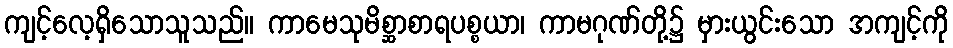
ကျင့်လေ့ရှိသောသူသည်။ ကာမေသုမိစ္ဆာစာရပစ္စယာ၊ ကာမဂုဏ်တို့၌ မှားယွင်းသော အကျင့်ကို